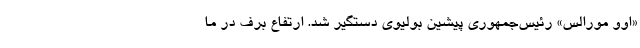
«اوو مورالس» رئیس‌جمهوری پیشین بولیوی دستگیر شد. ارتفاع برف در ما